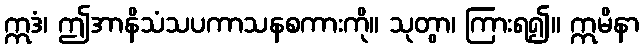
ဣဒံ၊ ဤအာနိသံသပကာသနစကားကို။ သုတွာ၊ ကြားရ၍။ ဣမိနာ